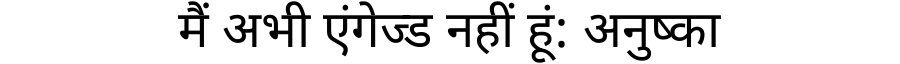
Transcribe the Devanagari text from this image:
मैं अभी एंगेज्ड नहीं हूं: अनुष्का